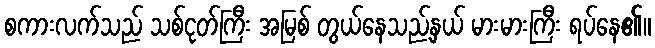
စကားလက်သည် သစ်ငုတ်ကြီး အမြစ် တွယ်နေသည့်နှယ် မားမားကြီး ရပ်နေ၏။